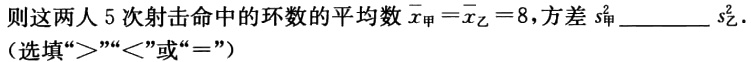
则这两人$5$次射击命中的环数的平均数$\overline{x}_{甲}=\overline{x}_{乙}=8$，方差$s_{甲}^{2}\_\_\_\_\_s_{乙}^{2}.$（选填“$>$”“$<$”或“$=$”）